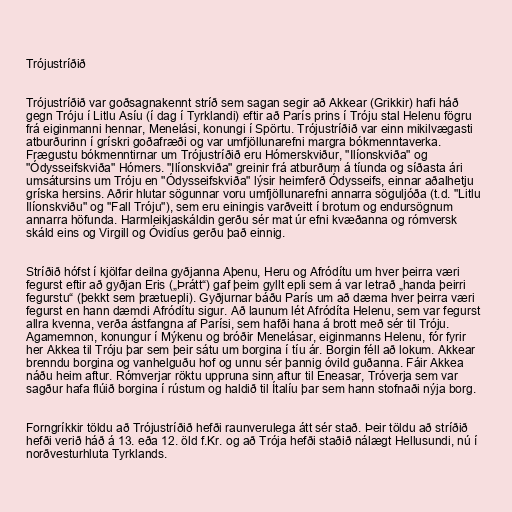
Trójustríðið

Trójustríðið var goðsagnakennt stríð sem sagan segir að Akkear (Grikkir) hafi háð
gegn Tróju í Litlu Asíu (í dag í Tyrklandi) eftir að París prins í Tróju stal Helenu fögru
frá eiginmanni hennar, Menelási, konungi í Spörtu. Trójustríðið var einn mikilvægasti
atburðurinn í grískri goðafræði og var umfjöllunarefni margra bókmenntaverka.
Frægustu bókmenntirnar um Trójustríðið eru Hómerskviður, "Ilíonskviða" og
"Ódysseifskviða" Hómers. "Ilíonskviða" greinir frá atburðum á tíunda og síðasta ári
umsátursins um Tróju en "Ódysseifskviða" lýsir heimferð Ódysseifs, einnar aðalhetju
gríska hersins. Aðrir hlutar sögunnar voru umfjöllunarefni annarra söguljóða (t.d. "Litlu
Ilíonskviðu" og "Fall Tróju"), sem eru einingis varðveitt í brotum og endursögnum
annarra höfunda. Harmleikjaskáldin gerðu sér mat úr efni kvæðanna og rómversk
skáld eins og Virgill og Óvidíus gerðu það einnig.

Stríðið hófst í kjölfar deilna gyðjanna Aþenu, Heru og Afródítu um hver þeirra væri
fegurst eftir að gyðjan Eris („Þrátt“) gaf þeim gyllt epli sem á var letrað „handa þeirri
fegurstu“ (þekkt sem þrætuepli). Gyðjurnar báðu París um að dæma hver þeirra væri
fegurst en hann dæmdi Afródítu sigur. Að launum lét Afródíta Helenu, sem var fegurst
allra kvenna, verða ástfangna af Parísi, sem hafði hana á brott með sér til Tróju.
Agamemnon, konungur í Mýkenu og bróðir Menelásar, eiginmanns Helenu, fór fyrir
her Akkea til Tróju þar sem þeir sátu um borgina í tíu ár. Borgin féll að lokum. Akkear
brenndu borgina og vanhelguðu hof og unnu sér þannig óvild guðanna. Fáir Akkea
náðu heim aftur. Rómverjar röktu uppruna sinn aftur til Eneasar, Tróverja sem var
sagður hafa flúið borgina í rústum og haldið til Ítalíu þar sem hann stofnaði nýja borg.

Forngríkkir töldu að Trójustríðið hefði raunverulega átt sér stað. Þeir töldu að stríðið
hefði verið háð á 13. eða 12. öld f.Kr. og að Trója hefði staðið nálægt Hellusundi, nú í
norðvesturhluta Tyrklands.